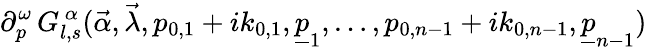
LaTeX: \partial_{p}^{\omega}\, G_{l,s}^{\, \alpha}(\vec{\alpha},\vec{\lambda},p_{0,1}+ik_{0,1},\underline{{{p}}}_{1},\ldots,p_{0,n-1}+ik_{0,n-1},\underline{{{p}}}_{n-1})